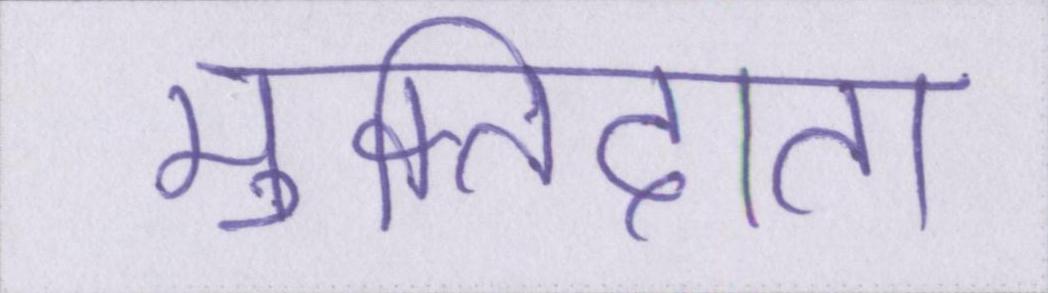
मुक्तिदाता